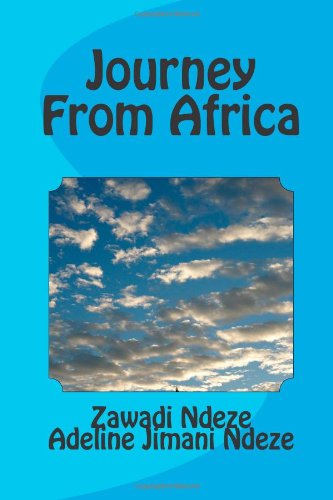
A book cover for Journey From Africa; Zawadi Ndeze; Teen & Young Adult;